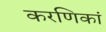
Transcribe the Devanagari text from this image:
करणिकां